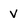
Character: v